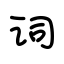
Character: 词